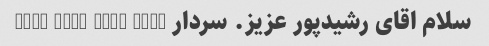
سلام اقای رشیدپور عزیز. سردار LINK LINK LINK LINK